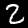
Label: 2